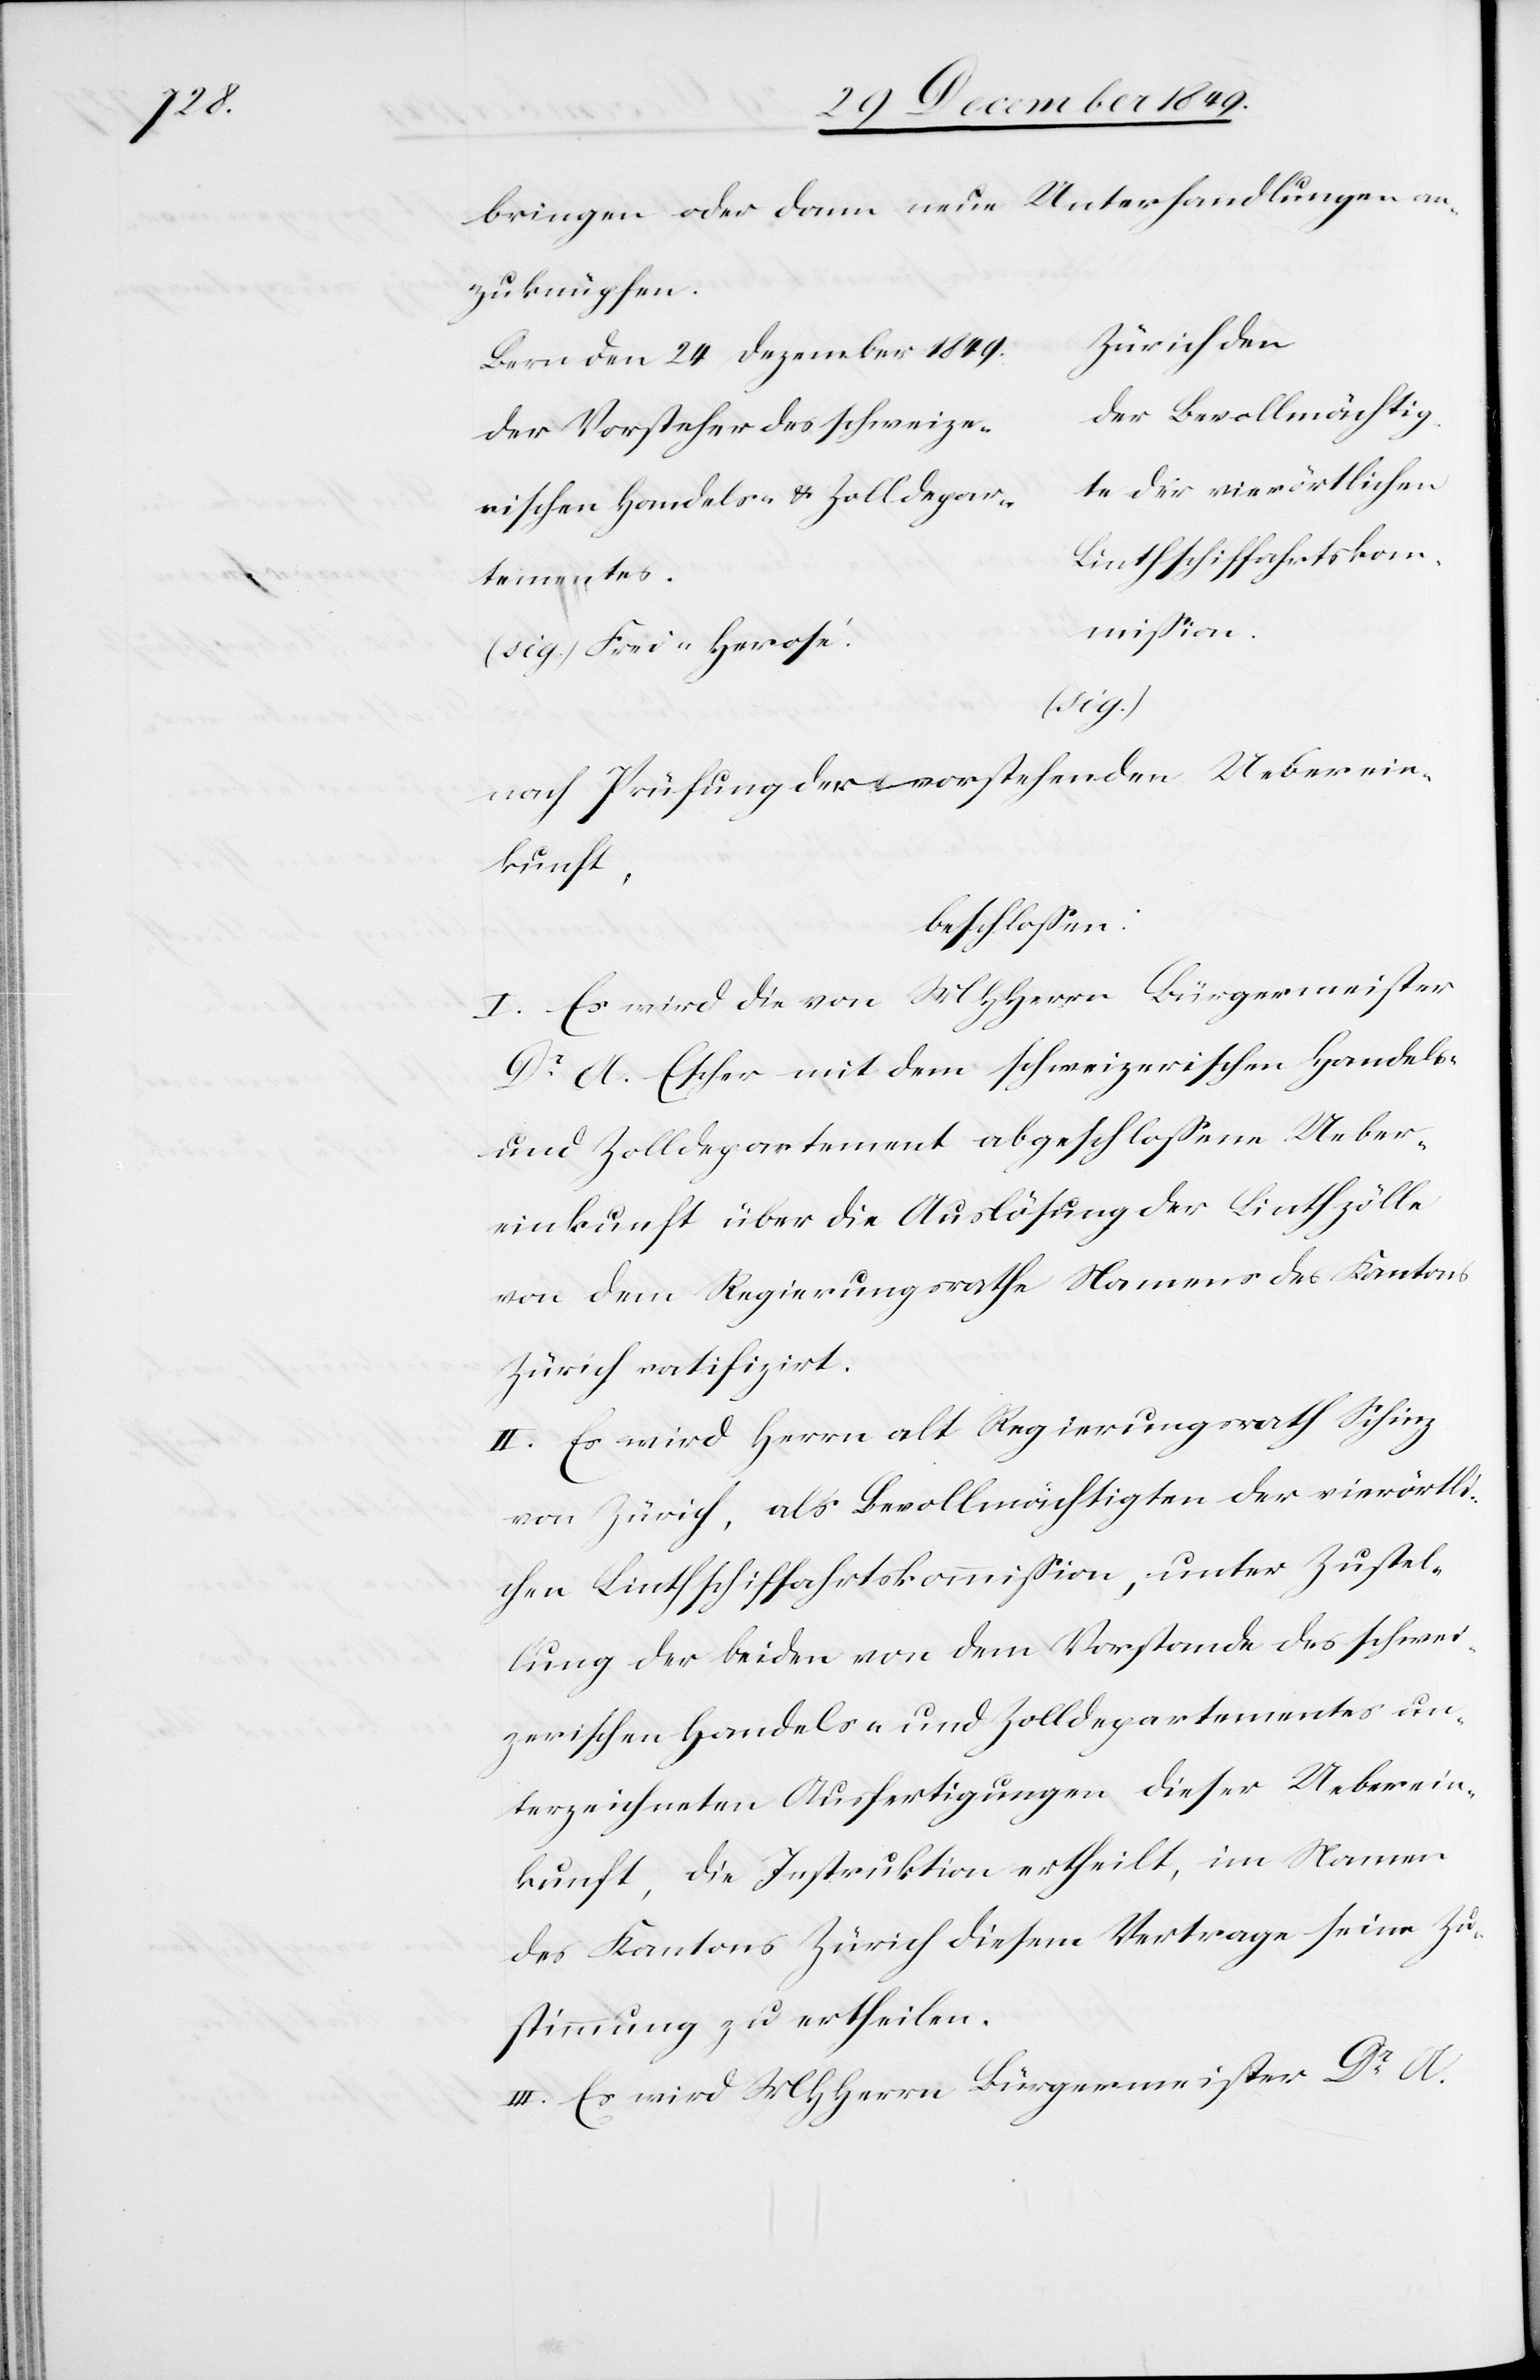
s.			L¬

bringen oder dann neue Unterhandlungen an¬
zuknüpfen.
er Bevollmächtig¬
Der Vorsteher des schweize¬
e der vierörtlichen
inthschiffahrtskom¬
temente¬
mißion.
(sig.)
nach Prüfung der vorstehenden Ueberein¬
kunft,
beschloßen:
I. Es wird die von MHHerrn Bürgermeister
Dr A. Escher mit dem schweizerischen Handels-
und Zolldepartement abgeschloßene Ueber¬
einkunft über die Auslösung der Linthzölle
von dem Regierungsrathe Namens des Knatons
Zürich ratifizirt.
II. Es wird Herrn alt Regierungsrath Schinz
von Zürich, als Bevollmächtigten der vierörtli¬
chen Linthschiffahrtskommißion, unter Zustel¬
lung der beiden von dem Vorstande des schwei¬
zerischen Handels- und Zolldepartementes un¬
terzeichneten Ausfertigungen dieser Ueberein¬
kunft, die Instruktion ertheilt, im Namen
des Kantons Zürich diesem Vertrage seine Zu¬
stimmung zu ertheilen.
III. Es wird MHHerrn Bürgermeister Dr A.